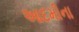
આદમીના